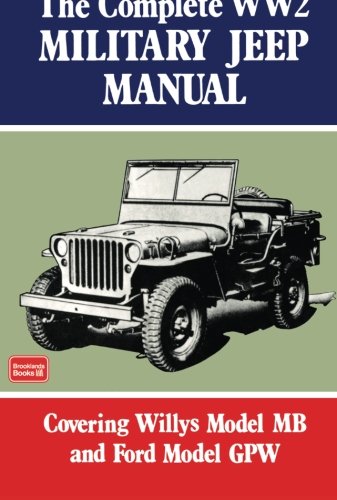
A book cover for The Complete WW2 Military Jeep Manual (Brookland Military Vehicles); US Army Staff; Science & Math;